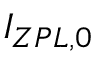
I _ { Z P L , 0 }